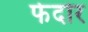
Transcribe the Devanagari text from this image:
फेदोर